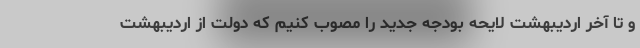
و تا آخر اردیبهشت لایحه بودجه جدید را مصوب کنیم که دولت از اردیبهشت